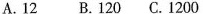
A.12 B.120 C.1200